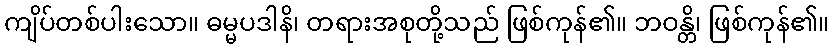
ကျိပ်တစ်ပါးသော။ ဓမ္မပဒါနိ၊ တရားအစုတို့သည် ဖြစ်ကုန်၏။ ဘဝန္တိ၊ ဖြစ်ကုန်၏။